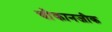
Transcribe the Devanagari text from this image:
चौकानजीक